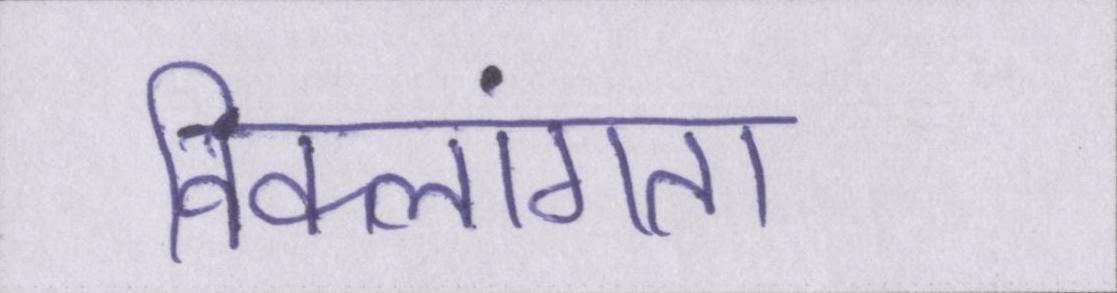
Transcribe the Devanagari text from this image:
विकलांगता